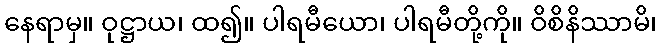
နေရာမှ။ ဝုဋ္ဌာယ၊ ထ၍။ ပါရမီယော၊ ပါရမီတို့ကို။ ဝိစိနိဿာမိ၊